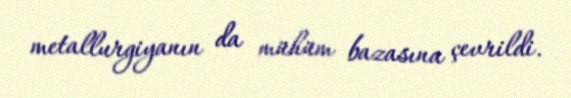
metallurgiyanın da mühüm bazasına çevrildi.